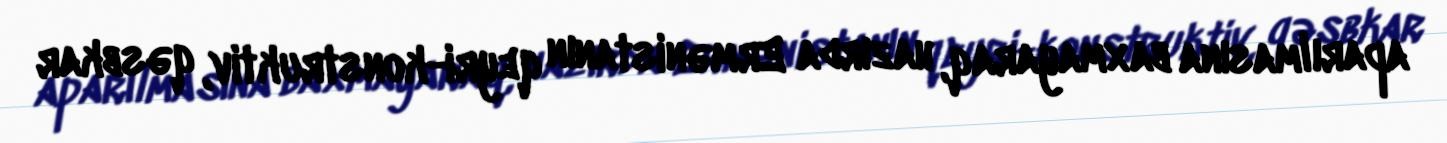
aparılmasına baxmayaraq, hazırda Ermənistanın qeyri-konstruktiv, qəsbkar